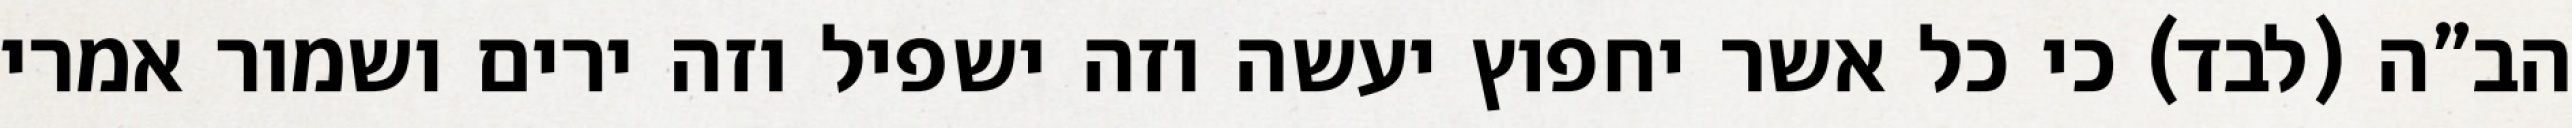
הב”ה (לבד) כי כל אשר יחפוץ יעשה וזה ישפיל וזה ירים ושמור אמרי